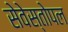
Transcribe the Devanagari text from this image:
सेवेस्तोपल